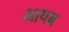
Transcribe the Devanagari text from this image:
आयब